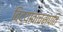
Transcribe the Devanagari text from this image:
विद्यावाचस्‍पति